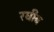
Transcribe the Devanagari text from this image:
रघीब